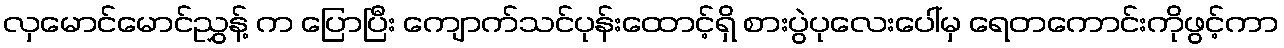
လှမောင်မောင်ညွှန့် က ပြောပြီး ကျောက်သင်ပုန်းထောင့်ရှိ စားပွဲပုလေးပေါ်မှ ရေတကောင်းကိုဖွင့်ကာ